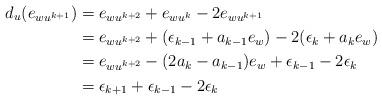
LaTeX: \begin{align*}d_{u}(e_{wu^{k+1}}) & = e_{wu^{k+2}} + e_{wu^{k}} - 2e_{wu^{k+1}} \\& = e_{wu^{k+2}} + (\epsilon_{k-1} + a_{k-1}e_{w}) - 2(\epsilon_{k} + a_{k}e_{w}) \\& = e_{wu^{k+2}} - (2a_{k} - a_{k-1})e_{w} + \epsilon_{k-1} - 2\epsilon_{k} \\& = \epsilon_{k+1} + \epsilon_{k-1} - 2\epsilon_{k}\end{align*}